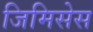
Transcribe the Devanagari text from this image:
जिमिसेस